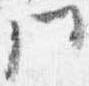
門